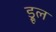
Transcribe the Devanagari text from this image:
ड्रूल